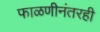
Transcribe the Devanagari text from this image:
फाळणीनंतरही